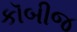
કૉબીજ